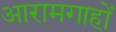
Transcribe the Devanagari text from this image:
आरामगाहों